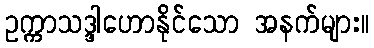
ဥက္ကာသဒ္ဒါဟောနိုင်သော အနက်များ။